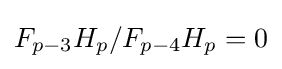
F_{p-3}H_{p}/F_{p-4}H_{p}=0